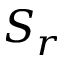
S _ { r }